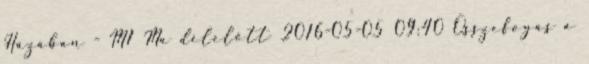
Házában - M1 Ma délelőtt 2016-05-05 09:40 Összefogás a